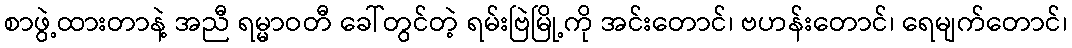
စာဖွဲ့ထားတာနဲ့ အညီ ရမ္မာဝတီ ခေါ်တွင်တဲ့ ရမ်းဗြဲမြို့ကို အင်းတောင်၊ ဗဟန်းတောင်၊ ရေမျက်တောင်၊